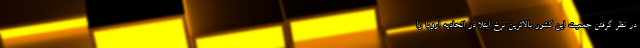
در نظر گرفتن جمعیت این کشور بالاترین نرخ ابتلا در اتحادیه اروپا را